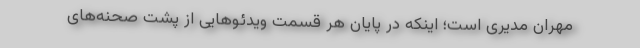
مهران مدیری است؛ اینکه در پایان هر قسمت ویدئوهایی از پشت صحنه‌های